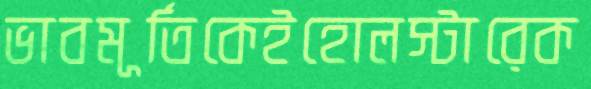
ভাবমূর্তিকেইহোলস্টারেক